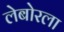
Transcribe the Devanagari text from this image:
लेबोरला